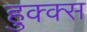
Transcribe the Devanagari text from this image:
हुक्क्स